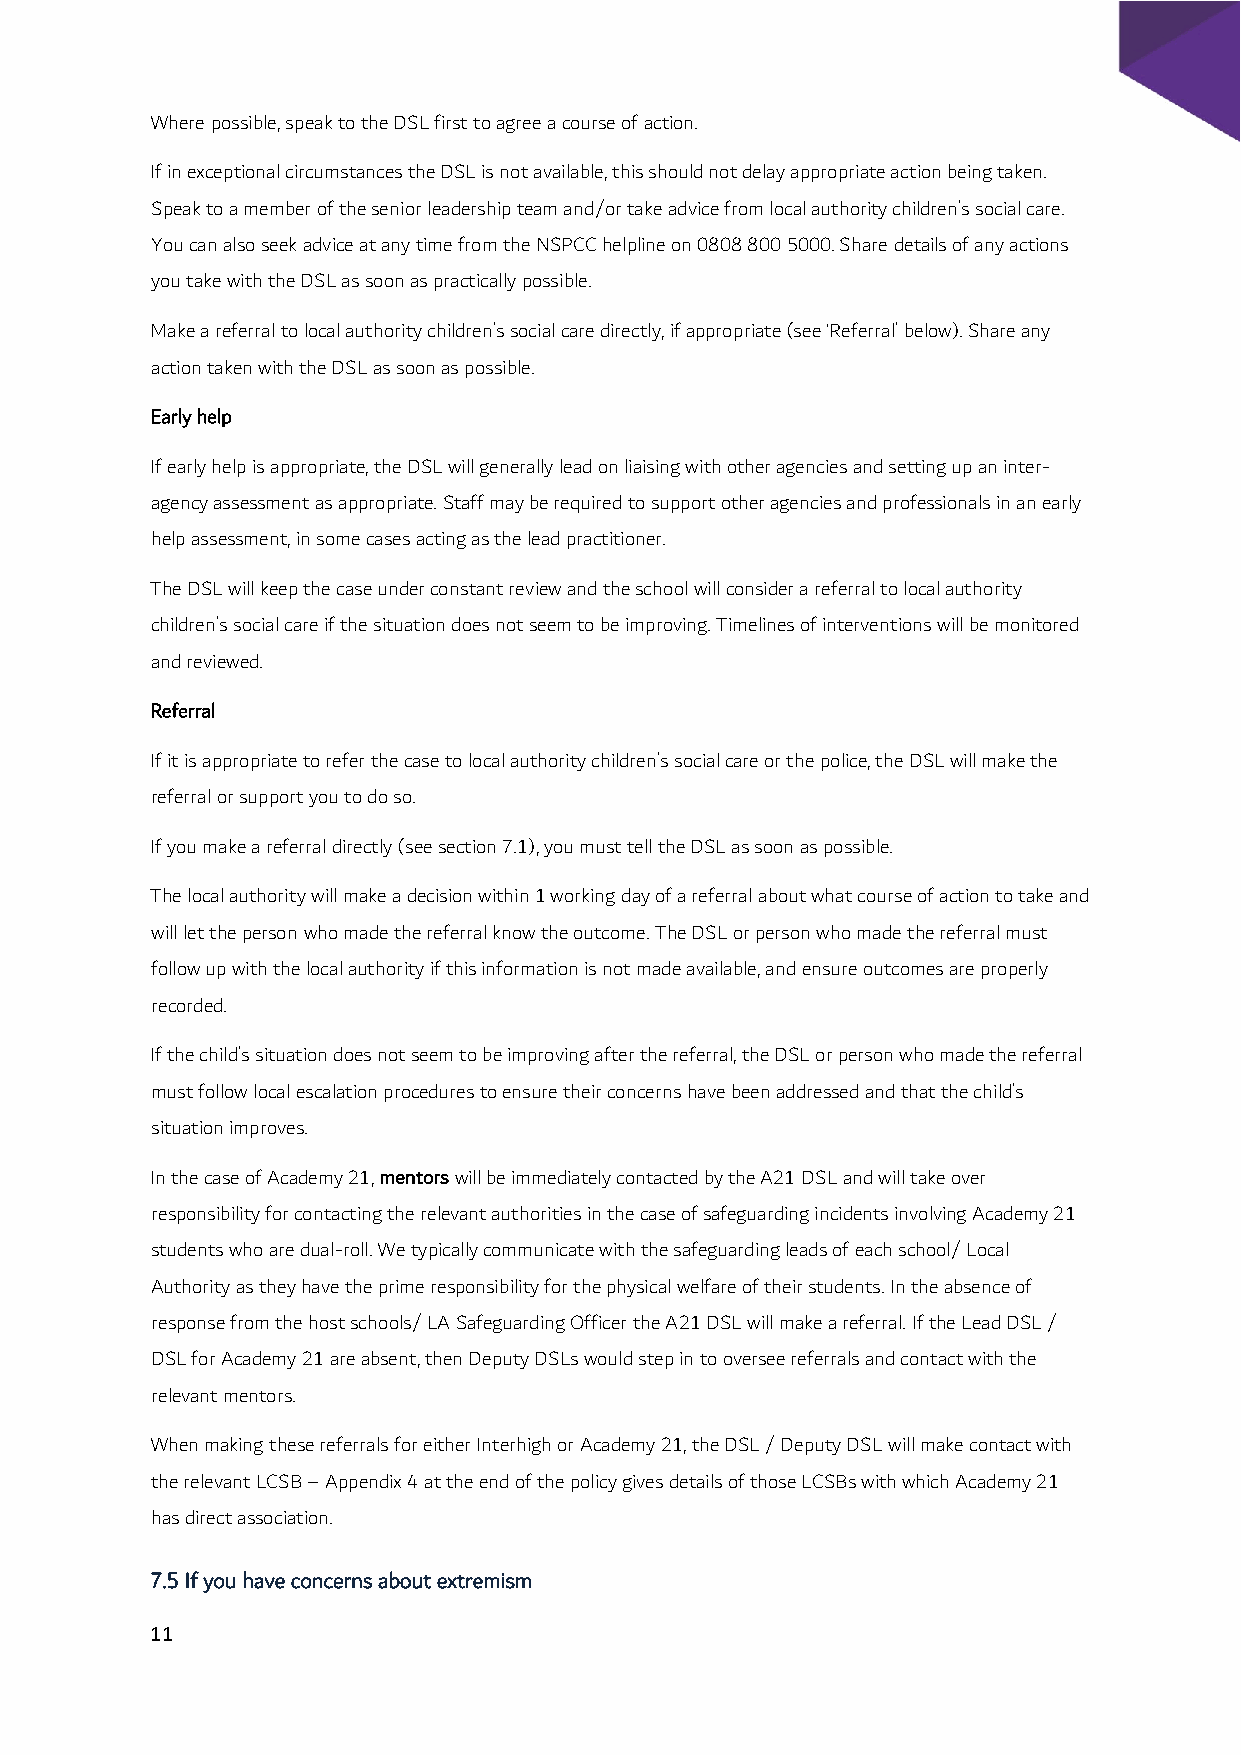
Where possible, speak to the DSL first to agree a course of action.
 If in exceptional circumstances the DSL is not available, this should not delay appropriate action being taken.
 Speak to a member of the senior leadership team and/or take advice from local authority children’s social care.
 You can also seek advice at any time from the NSPCC helpline on 0808 800 5000. Share details of any actions
 you take with the DSL as soon as practically possible.
 Make a referral to local authority children’s social care directly, if appropriate (see ‘Referral’ below). Share any
 action taken with the DSL as soon as possible.
 Early help
 If early help is appropriate, the DSL will generally lead on liaising with other agencies and setting up an inter-
 agency assessment as appropriate. Staff may be required to support other agencies and professionals in an early
 help assessment, in some cases acting as the lead practitioner.
 The DSL will keep the case under constant review and the school will consider a referral to local authority
 children’s social care if the situation does not seem to be improving. Timelines of interventions will be monitored
 and reviewed.
 Referral
 If it is appropriate to refer the case to local authority children’s social care or the police, the DSL will make the
 referral or support you to do so.
 If you make a referral directly (see section 7.1), you must tell the DSL as soon as possible.
 The local authority will make a decision within 1 working day of a referral about what course of action to take and
 will let the person who made the referral know the outcome. The DSL or person who made the referral must
 follow up with the local authority if this information is not made available, and ensure outcomes are properly
 recorded.
 If the child’s situation does not seem to be improving after the referral, the DSL or person who made the referral
 must follow local escalation procedures to ensure their concerns have been addressed and that the child’s
 situation improves.
 In the case of Academy 21, mentors will be immediately contacted by the A21 DSL and will take over
 responsibility for contacting the relevant authorities in the case of safeguarding incidents involving Academy 21
 students who are dual-roll. We typically communicate with the safeguarding leads of each school/ Local
 Authority as they have the prime responsibility for the physical welfare of their students. In the absence of
 response from the host schools/ LA Safeguarding Officer the A21 DSL will make a referral. If the Lead DSL /
 DSL for Academy 21 are absent, then Deputy DSLs would step in to oversee referrals and contact with the
 relevant mentors.
 When making these referrals for either Interhigh or Academy 21, the DSL / Deputy DSL will make contact with
 the relevant LCSB – Appendix 4 at the end of the policy gives details of those LCSBs with which Academy 21
 has direct association.
 7.5 If you have concerns about extremism
 11